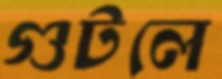
গুটলে